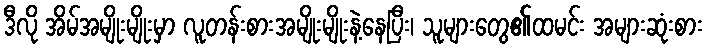
ဒီလို အိမ်အမျိုးမျိုးမှာ လူတန်းစားအမျိုးမျိုးနဲ့နေပြီး၊ သူများတွေ၏ထမင်း အများဆုံးစား